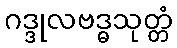
ဂဒ္ဒုလဗဒ္ဓသုတ္တံ